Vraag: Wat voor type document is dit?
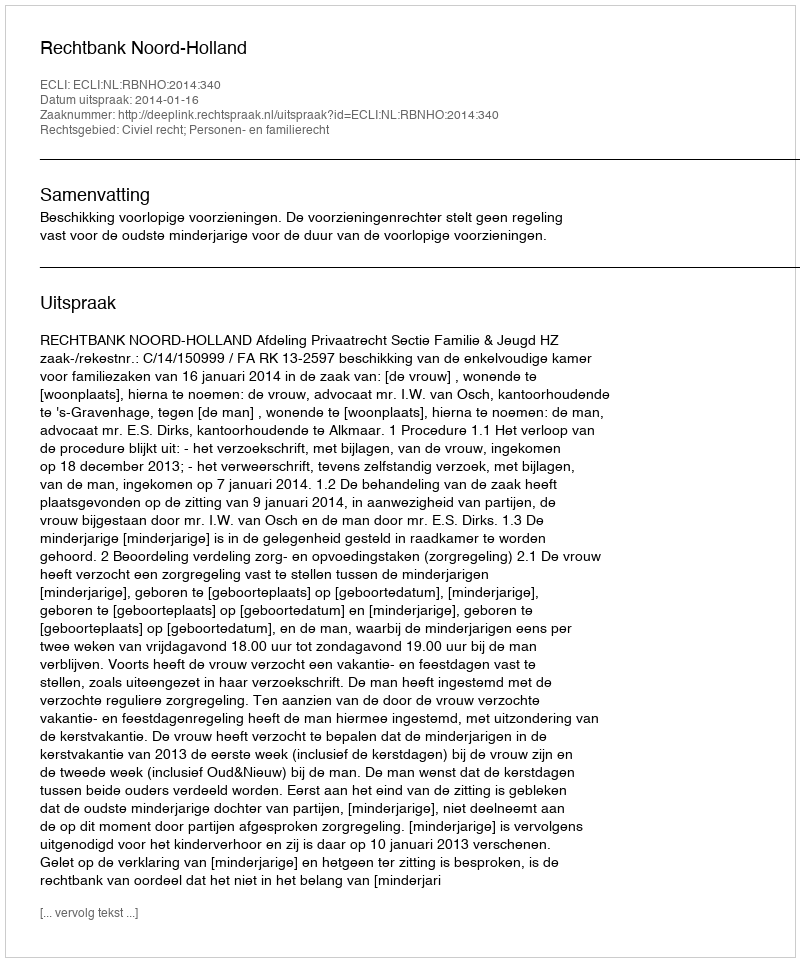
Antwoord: Uitspraak